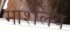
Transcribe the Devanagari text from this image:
मार्शलय